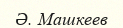
Ә. Машкеев